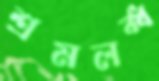
শ্রমলব্ধ